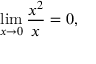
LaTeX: \operatorname* { l i m } _ { x \to 0 } { \frac { x ^ { 2 } } { x } } = 0 , \qquad